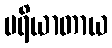
ပရိယာတာယ